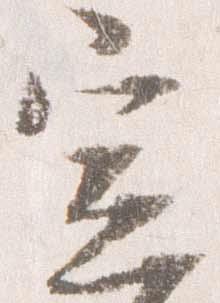
宣